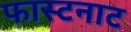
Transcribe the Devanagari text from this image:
फास्टनाट